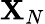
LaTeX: \mathbf{X}_{N}